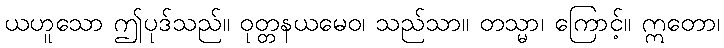
ယဟူသော ဤပုဒ်သည်။ ဝုတ္တနယမေဝ၊ သည်သာ။ တသ္မာ၊ ကြောင့်။ ဣတော၊